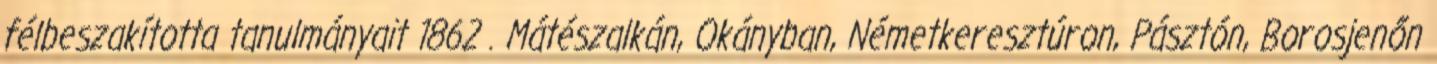
félbeszakította tanulmányait 1862 . Mátészalkán, Okányban, Németkeresztúron, Pásztón, Borosjenőn